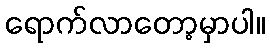
ရောက်လာတော့မှာပါ။